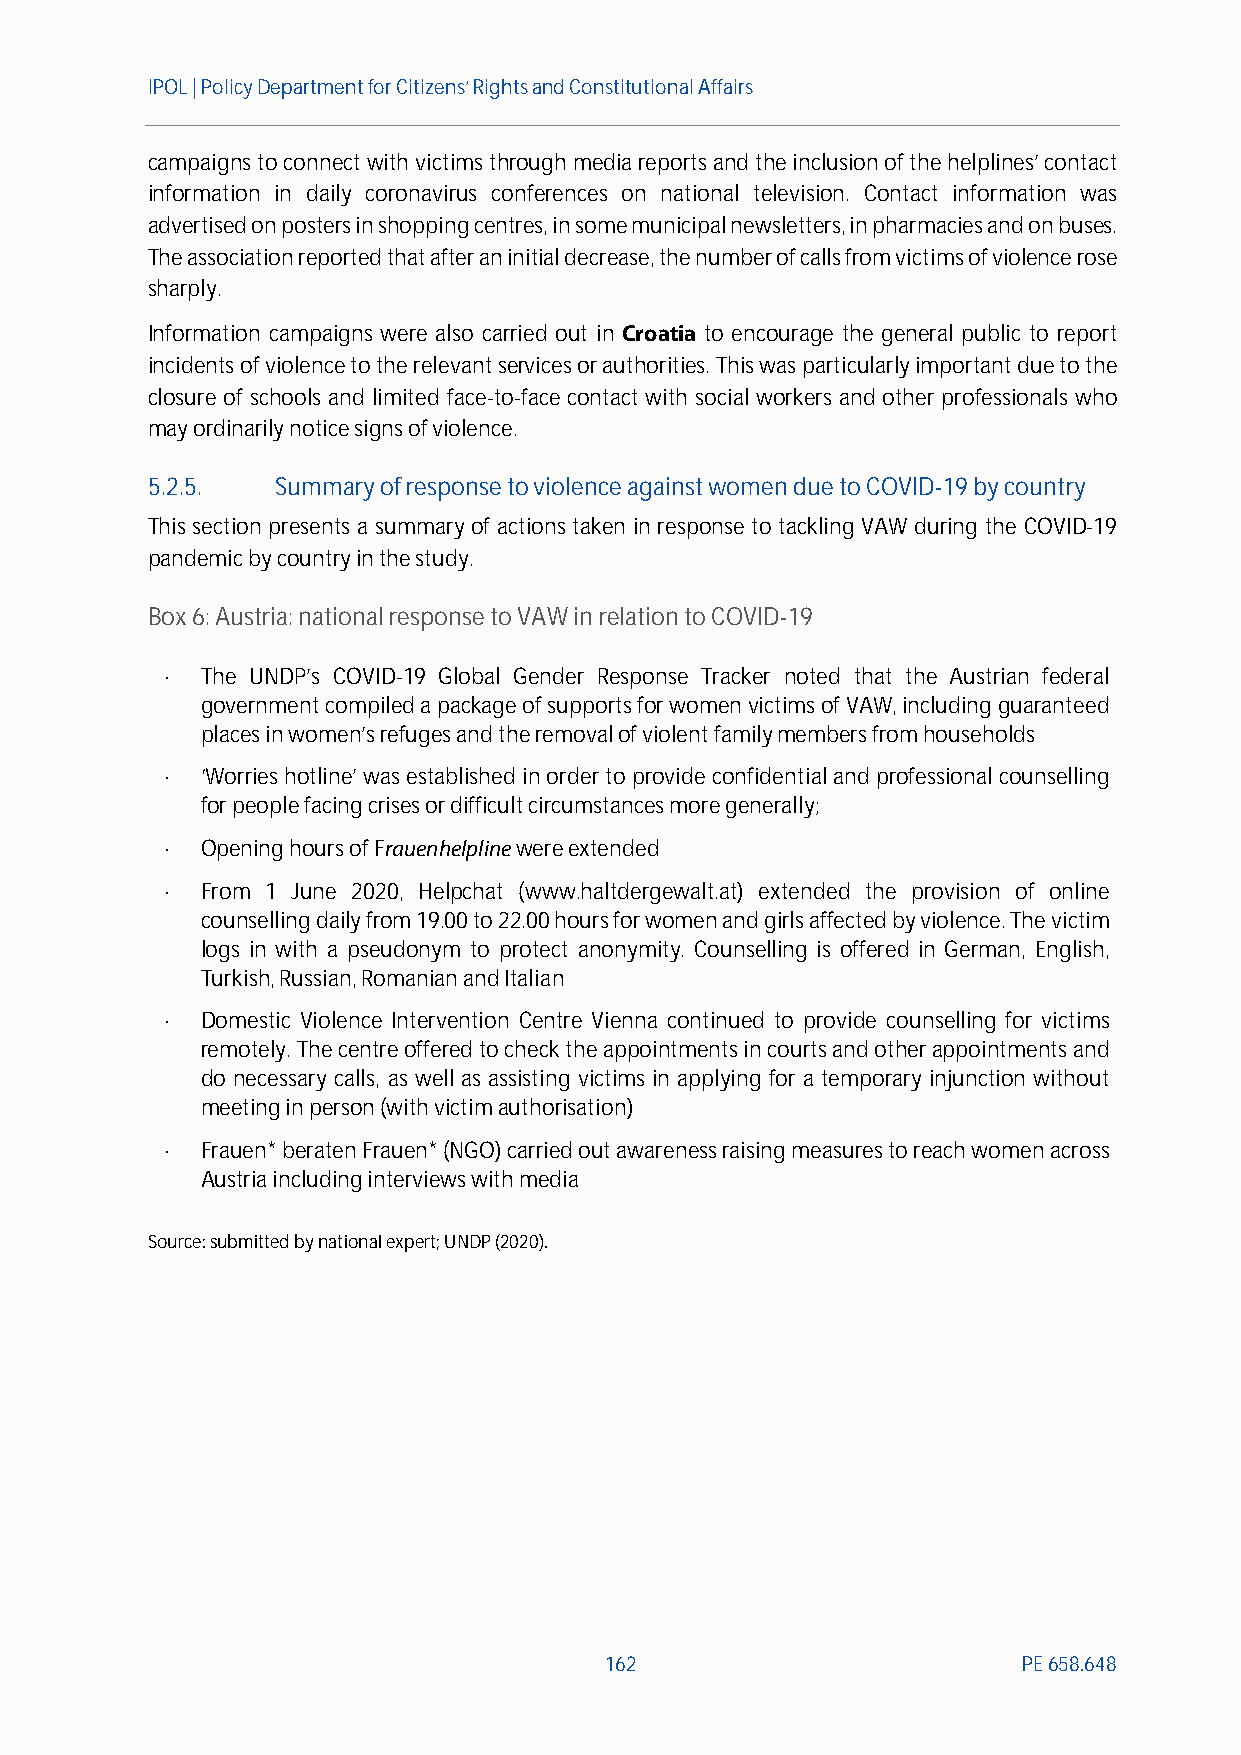
IPOL | Policy Departmentfor Citizens’ Rights and Constitutional Affairs
 campaigns to connect with victims through media reports and the inclusion of the helplines’ contact
 information in daily coronavirus conferences on national television. Contact information was
 advertised on posters in shopping centres, in some municipal newsletters, in pharmacies and on buses.
 The association reported that after an initial decrease, the number of calls from victims of violence rose
 sharply.
 Information campaigns were also carried out in Croatia to encourage the general public to report
 incidents of violence to the relevant services or authorities. This was particularly important due to the
 closure of schools and limited face-to-face contact with social workers and other professionals who
 may ordinarily notice signs of violence.
 5.2.5.  Summary of responseto violence against women due to COVID-19by country
 This section presents a summary of actions taken in response to tackling VAW during the COVID-19
 pandemic by country in the study.
 Box6: Austria: national response to VAW inrelation to COVID-19
  The UNDP’s COVID-19 Global Gender Response Tracker noted that the Austrian federal
 government compiled a package of supports for women victims of VAW, including guaranteed
 places in women’s refuges and the removal of violent familymembers from households
  ‘Worries hotline’ was established in order to provide confidential and professional counselling
 for people facing crises or difficult circumstances more generally;
  Opening hours of Frauenhelplinewere extended
  From 1 June 2020, Helpchat (www.haltdergewalt.at) extended the provision of online
 counselling daily from 19.00 to 22.00 hours for women and girls affected by violence. The victim
 logs in with a pseudonym to protect anonymity. Counselling is offered in German, English,
 Turkish, Russian, Romanian and Italian
  Domestic Violence Intervention Centre Vienna continued to provide counselling for victims
 remotely. The centre offered to check the appointments in courts and other appointments and
 do necessary calls, as well as assisting victims in applying for a temporary injunction without
 meeting in person (with victim authorisation)
  Frauen* beraten Frauen* (NGO) carried out awareness raising measures to reach women across
 Austria including interviews with media
 Source:submitted bynational expert; UNDP (2020).
 162                         PE658.648